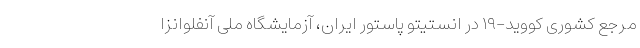
مرجع کشوری کووید-۱۹ در انستیتو پاستور ایران، آزمایشگاه ملی آنفلوانزا